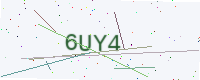
Text: 6UY4